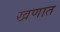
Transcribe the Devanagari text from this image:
खणात